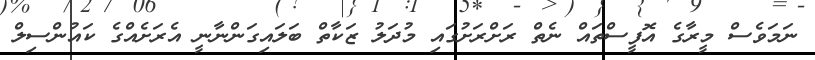
ނަމަވެސް މީރާގެ އޮފީސްތައް ނެތް ރަށްރަށުގައި މުދަލު ޒަކާތް ބަލައިގަންނާނީ އެރަށެއްގެ ކައުންސިލް